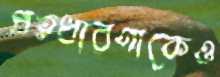
প্রত্নধারণাকেও